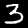
Label: 3